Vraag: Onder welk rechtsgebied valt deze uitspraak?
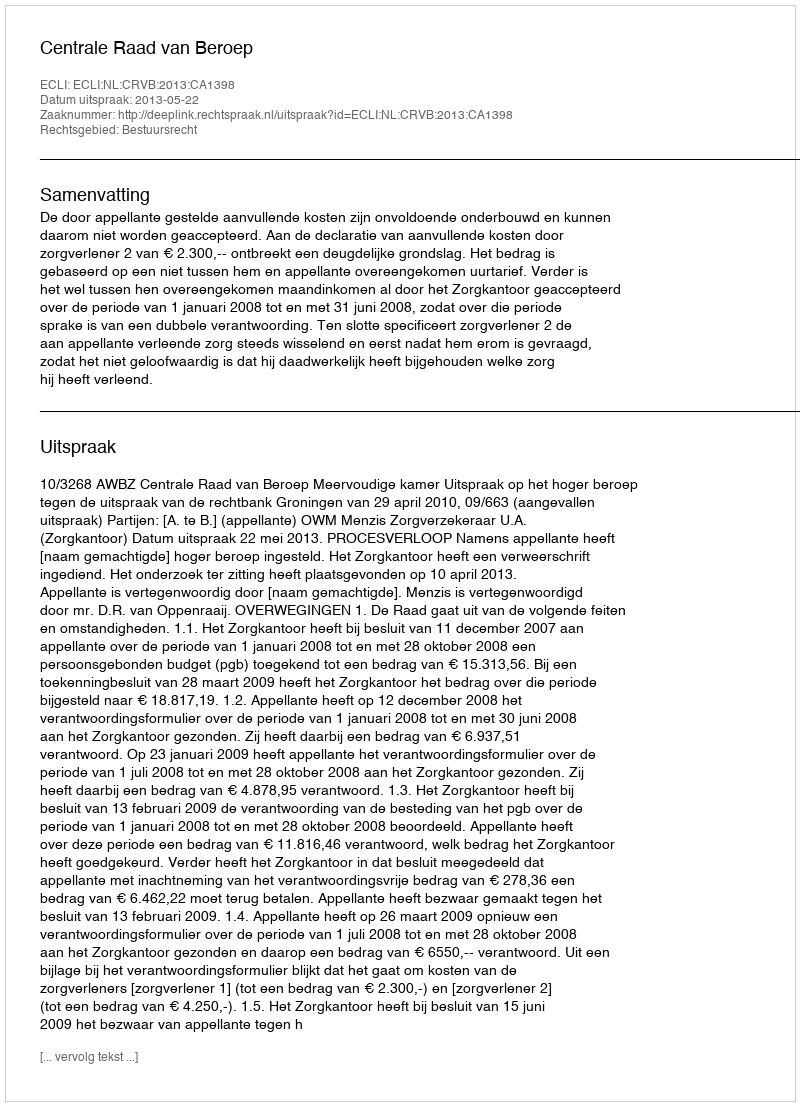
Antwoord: Bestuursrecht